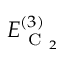
E _ { \mathrm { ~ C ~ } _ { 2 } } ^ { ( 3 ) }